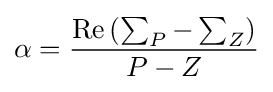
\alpha ={\frac {\operatorname {Re} \left(\sum _{P}-\sum _{Z}\right)}{P-Z}}